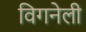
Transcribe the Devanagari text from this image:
विगनेली